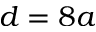
d = 8 a